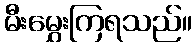
မီးမွှေးကြရသည်။